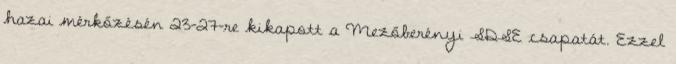
hazai mérkőzésén 23-27-re kikapott a Mezőberényi SDSE csapatát. Ezzel